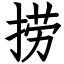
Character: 捞